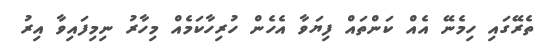
ތެރޭގައި ހިމެނޭ އެއް ކަންތައް ފިޔަވާ އެހެން ހުރިހާކަމެއް މިހާރު ނިމިފައިވާ އިރު